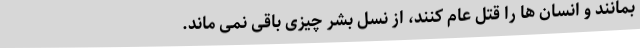
بمانند و انسان ها را قتل عام کنند، از نسل بشر چیزی باقی نمی ماند.